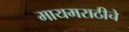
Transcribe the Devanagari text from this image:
मायमराठीचे